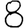
Digit: 8